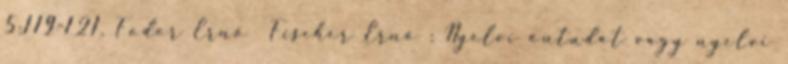
5:119-121. Fodor Ernő Fischer Ernő : Nyelvi öntudat vagy nyelvi